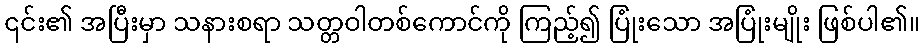
၎င်း၏ အပြီးမှာ သနားစရာ သတ္တဝါတစ်ကောင်ကို ကြည့်၍ ပြုံးသော အပြုံးမျိုး ဖြစ်ပါ၏။